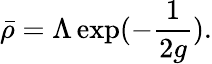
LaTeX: \bar{\rho}=\Lambda\exp(-\frac{1}{2g}).